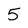
Character: 5